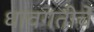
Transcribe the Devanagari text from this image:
धावगतीचे